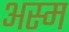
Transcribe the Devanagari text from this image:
अस्म